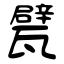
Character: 甓